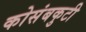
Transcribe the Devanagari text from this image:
कोसंबकुटी